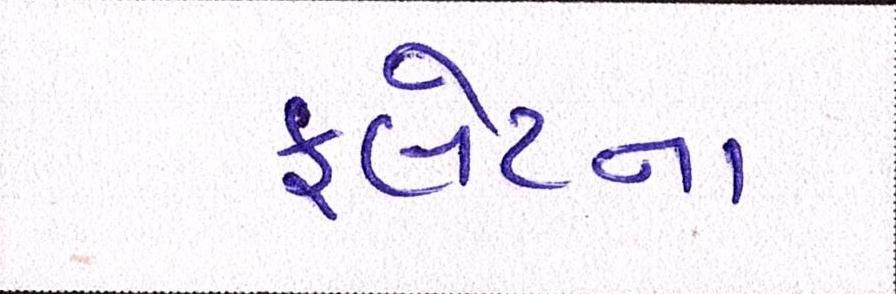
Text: ફ્લેટના